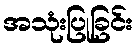
အသုံးပြုခြင်း